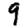
Digit: 9